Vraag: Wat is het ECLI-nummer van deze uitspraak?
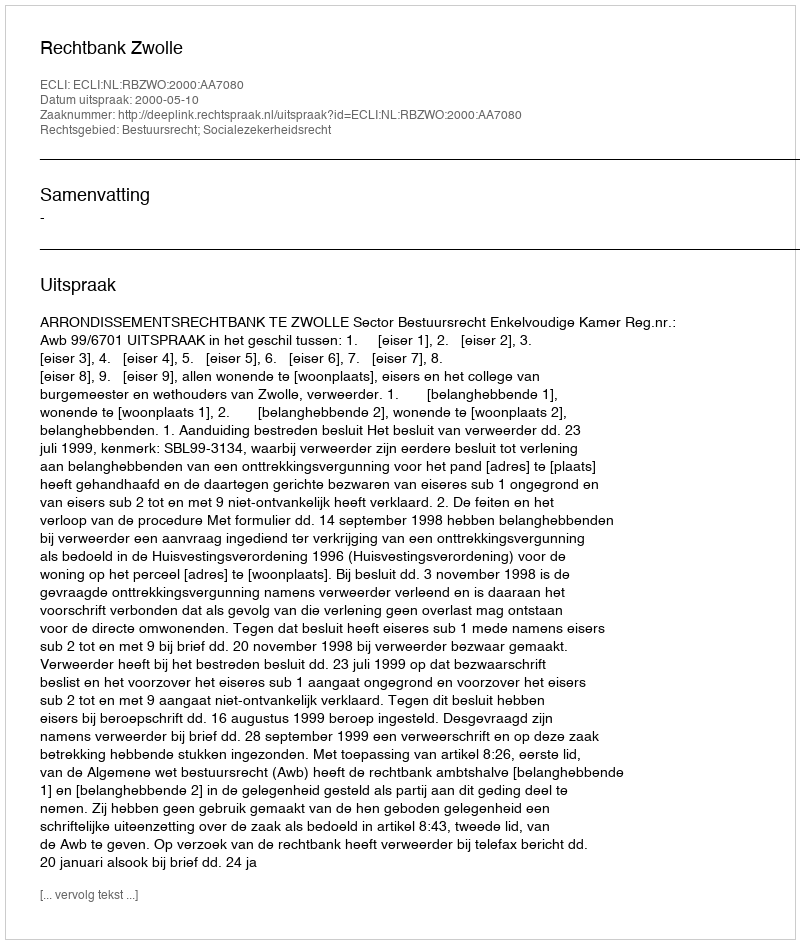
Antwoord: ECLI:NL:RBZWO:2000:AA7080